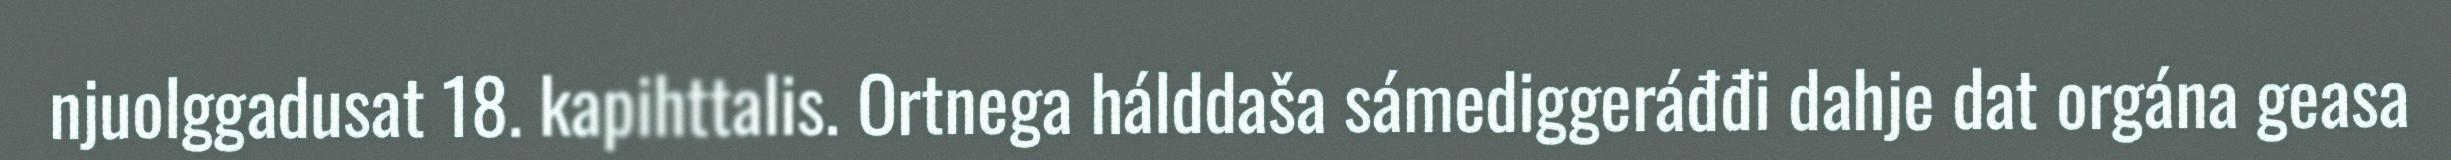
njuolggadusat 18. kapihttalis. Ortnega hálddaša sámediggeráđđi dahje dat orgána geasa